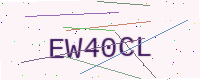
Text: EW40CL